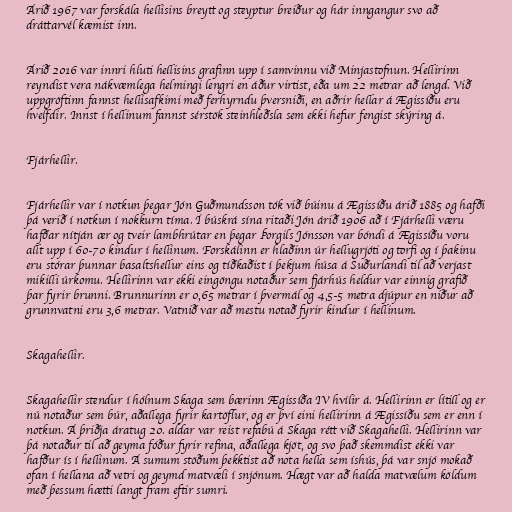
Árið 1967 var forskála hellisins breytt og steyptur breiður og hár inngangur svo að
dráttarvél kæmist inn.

Árið 2016 var innri hluti hellisins grafinn upp í samvinnu við Minjastofnun. Hellirinn
reyndist vera nákvæmlega helmingi lengri en áður virtist, eða um 22 metrar að lengd. Við
uppgröftinn fannst hellisafkimi með ferhyrndu þversniði, en aðrir hellar á Ægissíðu eru
hvelfdir. Innst í hellinum fannst sérstök steinhleðsla sem ekki hefur fengist skýring á.

Fjárhellir.

Fjárhellir var í notkun þegar Jón Guðmundsson tók við búinu á Ægissíðu árið 1885 og hafði
þá verið í notkun í nokkurn tíma. Í búskrá sína ritaði Jón árið 1906 að í Fjárhelli væru
hafðar nítján ær og tveir lambhrútar en þegar Þorgils Jónsson var bóndi á Ægissíðu voru
allt upp í 60-70 kindur í hellinum. Forskálinn er hlaðinn úr hellugrjóti og torfi og í þakinu
eru stórar þunnar basaltshellur eins og tíðkaðist í þekjum húsa á Suðurlandi til að verjast
mikilli úrkomu. Hellirinn var ekki eingöngu notaður sem fjárhús heldur var einnig grafið
þar fyrir brunni. Brunnurinn er 0,65 metrar í þvermál og 4,5-5 metra djúpur en niður að
grunnvatni eru 3,6 metrar. Vatnið var að mestu notað fyrir kindur í hellinum.

Skagahellir.

Skagahellir stendur í hólnum Skaga sem bærinn Ægissíða IV hvílir á. Hellirinn er lítill og er
nú notaður sem búr, aðallega fyrir kartöflur, og er því eini hellirinn á Ægissíðu sem er enn í
notkun. Á þriðja áratug 20. aldar var reist refabú á Skaga rétt við Skagahelli. Hellirinn var
þá notaður til að geyma fóður fyrir refina, aðallega kjöt, og svo það skemmdist ekki var
hafður ís í hellinum. Á sumum stöðum þekktist að nota hella sem íshús, þá var snjó mokað
ofan í hellana að vetri og geymd matvæli í snjónum. Hægt var að halda matvælum köldum
með þessum hætti langt fram eftir sumri.